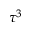
\tau ^ { 3 }